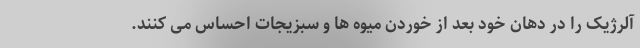
آلرژیک را در دهان خود بعد از خوردن میوه ها و سبزیجات احساس می کنند.